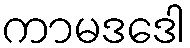
ကာမဒဒေါ